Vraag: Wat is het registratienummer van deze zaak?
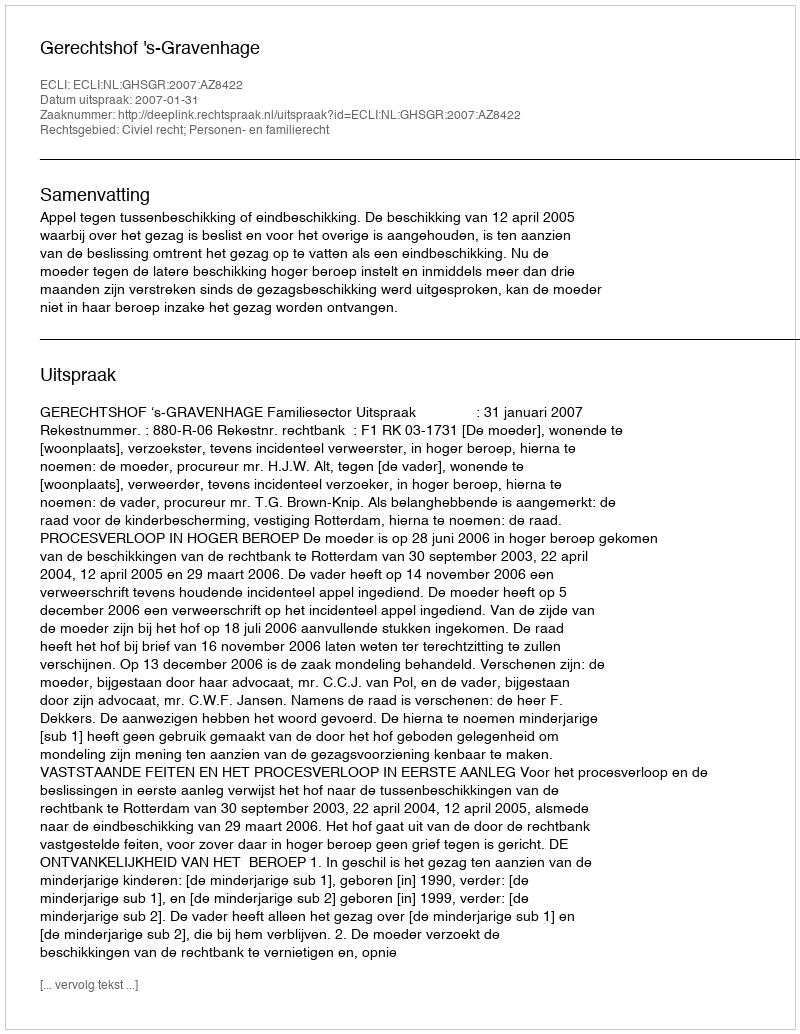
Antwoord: http://deeplink.rechtspraak.nl/uitspraak?id=ECLI:NL:GHSGR:2007:AZ8422